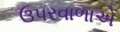
ઉપરવાળાએ